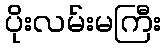
ပိုးလမ်းမကြီး